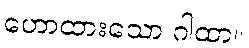
ဟောထားသော ဂါထာ။